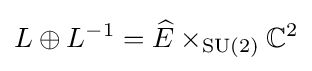
L\oplus L^{-1}={\widehat {E}}\times _{\operatorname {SU} (2)}\mathbb {C} ^{2}